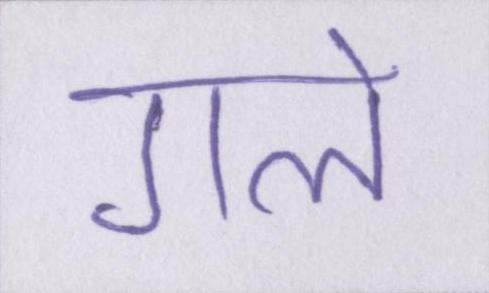
गले